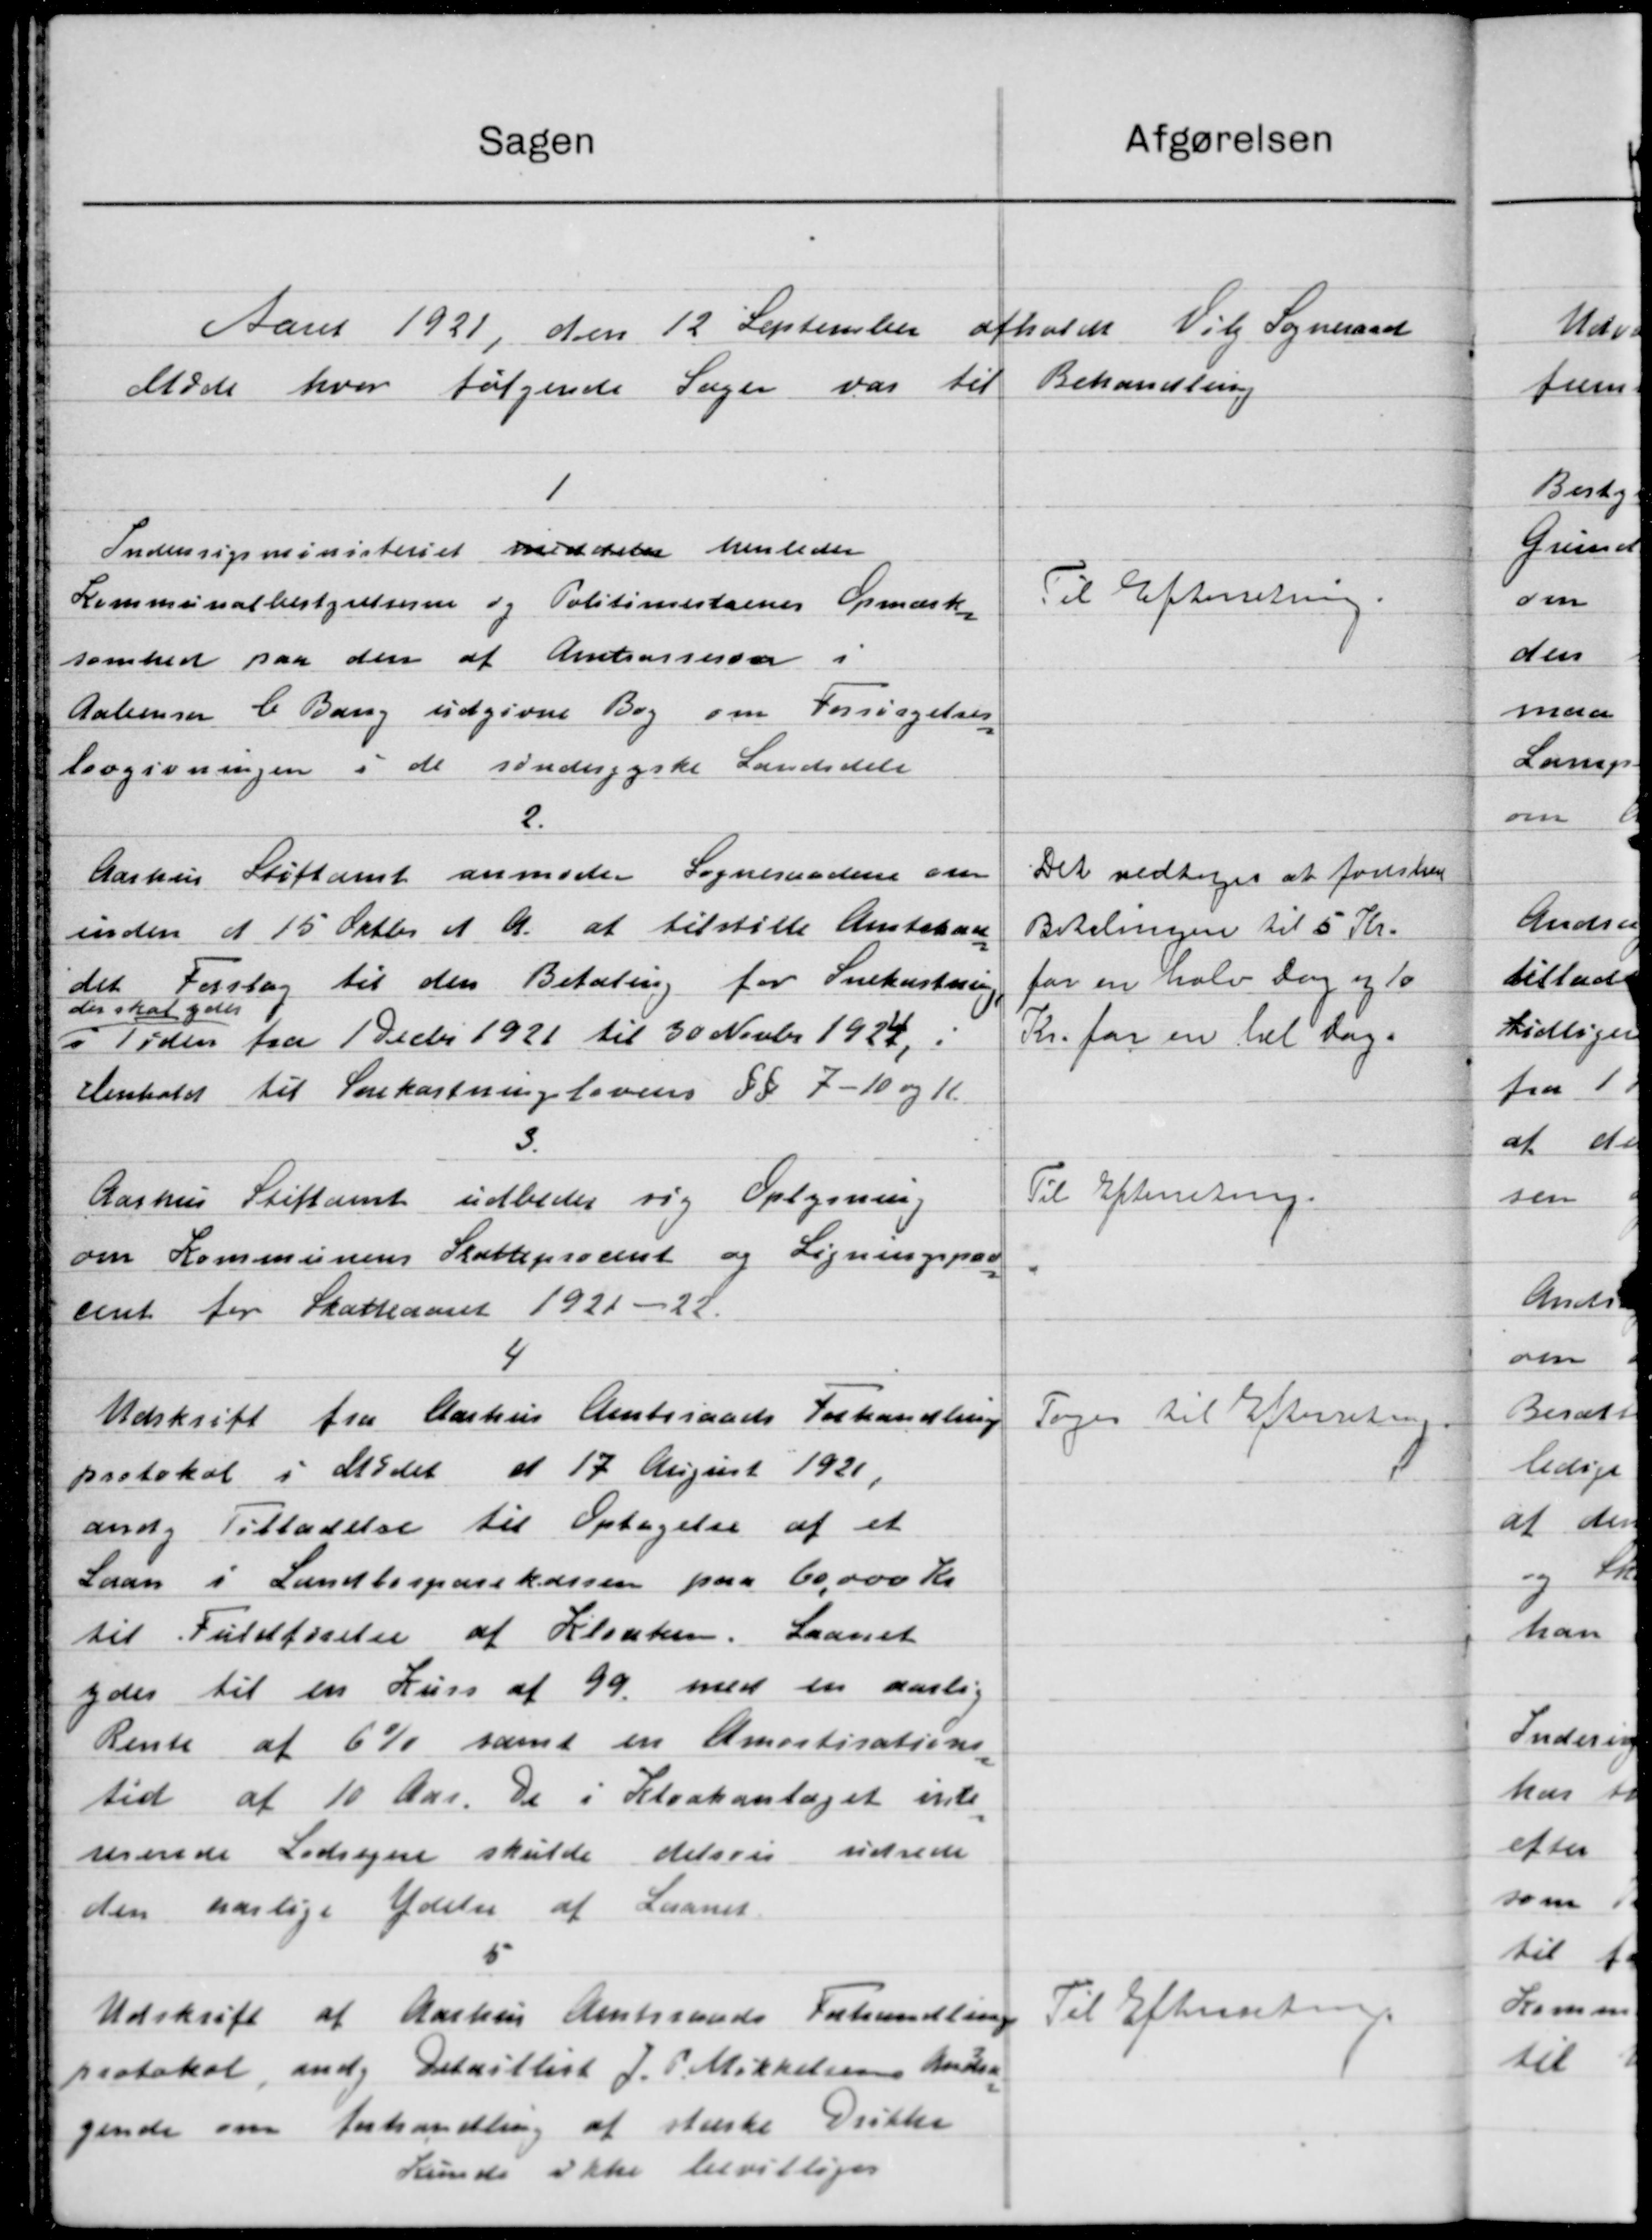
Transskription:
Afgørelsen
Sagen
Aaret 1921 den 12 September afholdt Vil Sogneraad
Møde hvor følgende Sager var til Behandling
1
Indenrigsministeriet meddeler henleder
Til Efterretning.
Kommunalbestyrelserne og Politimesternes Opmærk
somhed paa den af Amtsassessor i
Aabenger C. Bang udgivne Bog om Forsørgelses
lovgivningen i de sønderjyske Landsdels
2.
Det vedtoges at foreslaa
Aarhus Stiftamt anmoder Sogneraadene om
inden d 15 Oktbr d A. at tilstille Amtsraa
Betalingen til 5 Kr.
for en halv Dag og 10
det Forslag til den Betaling for Snekastning
der skal ydes
Kr. for en hel Dag-
i Tiden fra 1 Decbr 1921 til 30 Novbr 1924.
Henhold til Snekastningslovens §§ 7-10 og 11
3.
Til Efterretning.
Aarhus Stiftamt udbeder sig Oplysning
om Kommunens Skatteprocent og Ligningspas
cent for Skatteaaret 1921-22.
4
Udskrift fra Aarhus Amtsraads Forhandling
Toges til Efterretning
protokol i Mødet d 17 August 1921,
ang Tilladelse til Optagelse af et
Laan i Landbosparekassen paa 60,000 Kr
til Fuldførelse af Kloaken. Laanet
ydes til en Kurs af 99 med en aarlig
Rente af 6% samt en Amortisations
tid af 10 Aar. de i Kloakantaget inte
regende Lodsejere skulde delsvis udrede
den aarlige Ydelse af Laanet
5
Til Efterretning.
Udskrift af Aarhus Amtsraads Forhandling
protokol, end Ditritlist J. P. Mikkelsens Andrag
gende om Forhandling af stærke Drikke
kunde ikke bevilliges